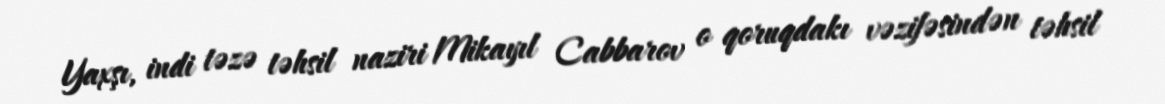
Yaxşı, indi təzə təhsil naziri Mikayıl Cabbarov o qoruqdakı vəzifəsindən təhsil